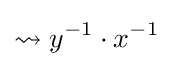
\rightsquigarrow y^{-1}\cdot x^{-1}